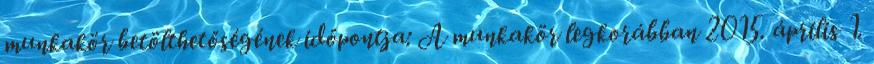
munkakör betölthetőségének időpontja: A munkakör legkorábban 2015. április 1.